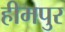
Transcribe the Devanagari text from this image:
हीमपुर